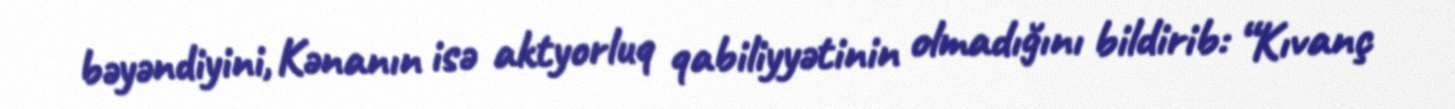
bəyəndiyini, Kənanın isə aktyorluq qabiliyyətinin olmadığını bildirib: “Kıvanç